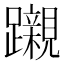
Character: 𮜪